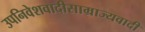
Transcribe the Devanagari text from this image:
उपनिवेशवादीसाम्राज्यवादी